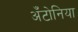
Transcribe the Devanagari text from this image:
अँटोनिया